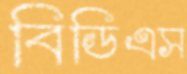
বিডিএস